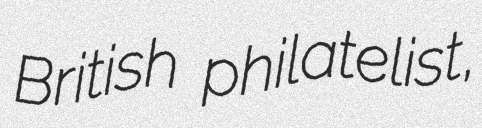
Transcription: British philatelist,